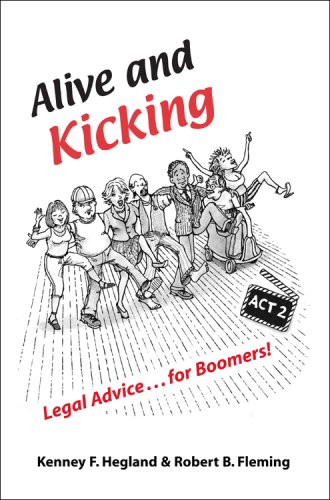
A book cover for Alive and Kicking: Legal Advice for Boomers; Kenney F. Hegland; Law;